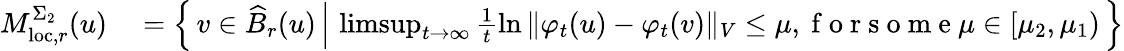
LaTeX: \begin{array}{rl}{M_{\mathrm{loc},r}^{\Sigma_{2}}(u)}&{{}=\left\{ \, v\in\widehat{B}_{r}(u)\, \Big\vert\, \operatorname*{limsup}_{t\to\infty}\frac{1}{t}\ln{\Vert\varphi_{t}(u)-\varphi_{t}(v)\Vert_{V}}\leq\mu,\mathrm{~f~o~r~s~o~m~e~}\mu\in[\mu_{2},\mu_{1})\, \right\} }\end{array}